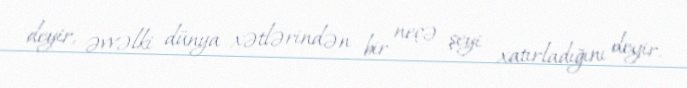
deyir, əvvəlki dünya xətlərindən bir neçə şeyi xatırladığını deyir.